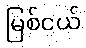
မြစ်ငယ်